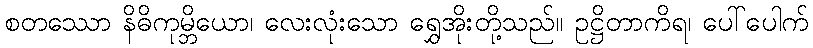
စတဿော နိဓိကုမ္ဘိယော၊ လေးလုံးသော ရွှေအိုးတို့သည်။ ဥဋ္ဌိတာကိရ၊ ပေါ်ပေါက်